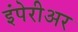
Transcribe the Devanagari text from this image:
इंपेरीअर